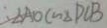
: \Delta A O C \sim \Delta D C B